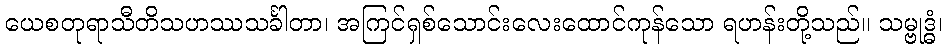
ယေစတုရာသီတိသဟဿသင်္ခါတာ၊ အကြင်ရှစ်သောင်းလေးထောင်ကုန်သော ရဟန်းတို့သည်။ သမ္ဗုဒ္ဓံ၊